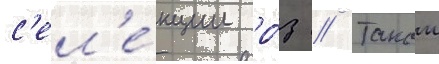
с'ел'е́кции ро́з // Такои